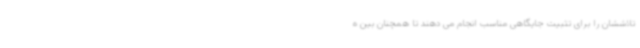
تلاششان را برای تثبیت جایگاهی مناسب انجام می دهند تا همچنان بین ه